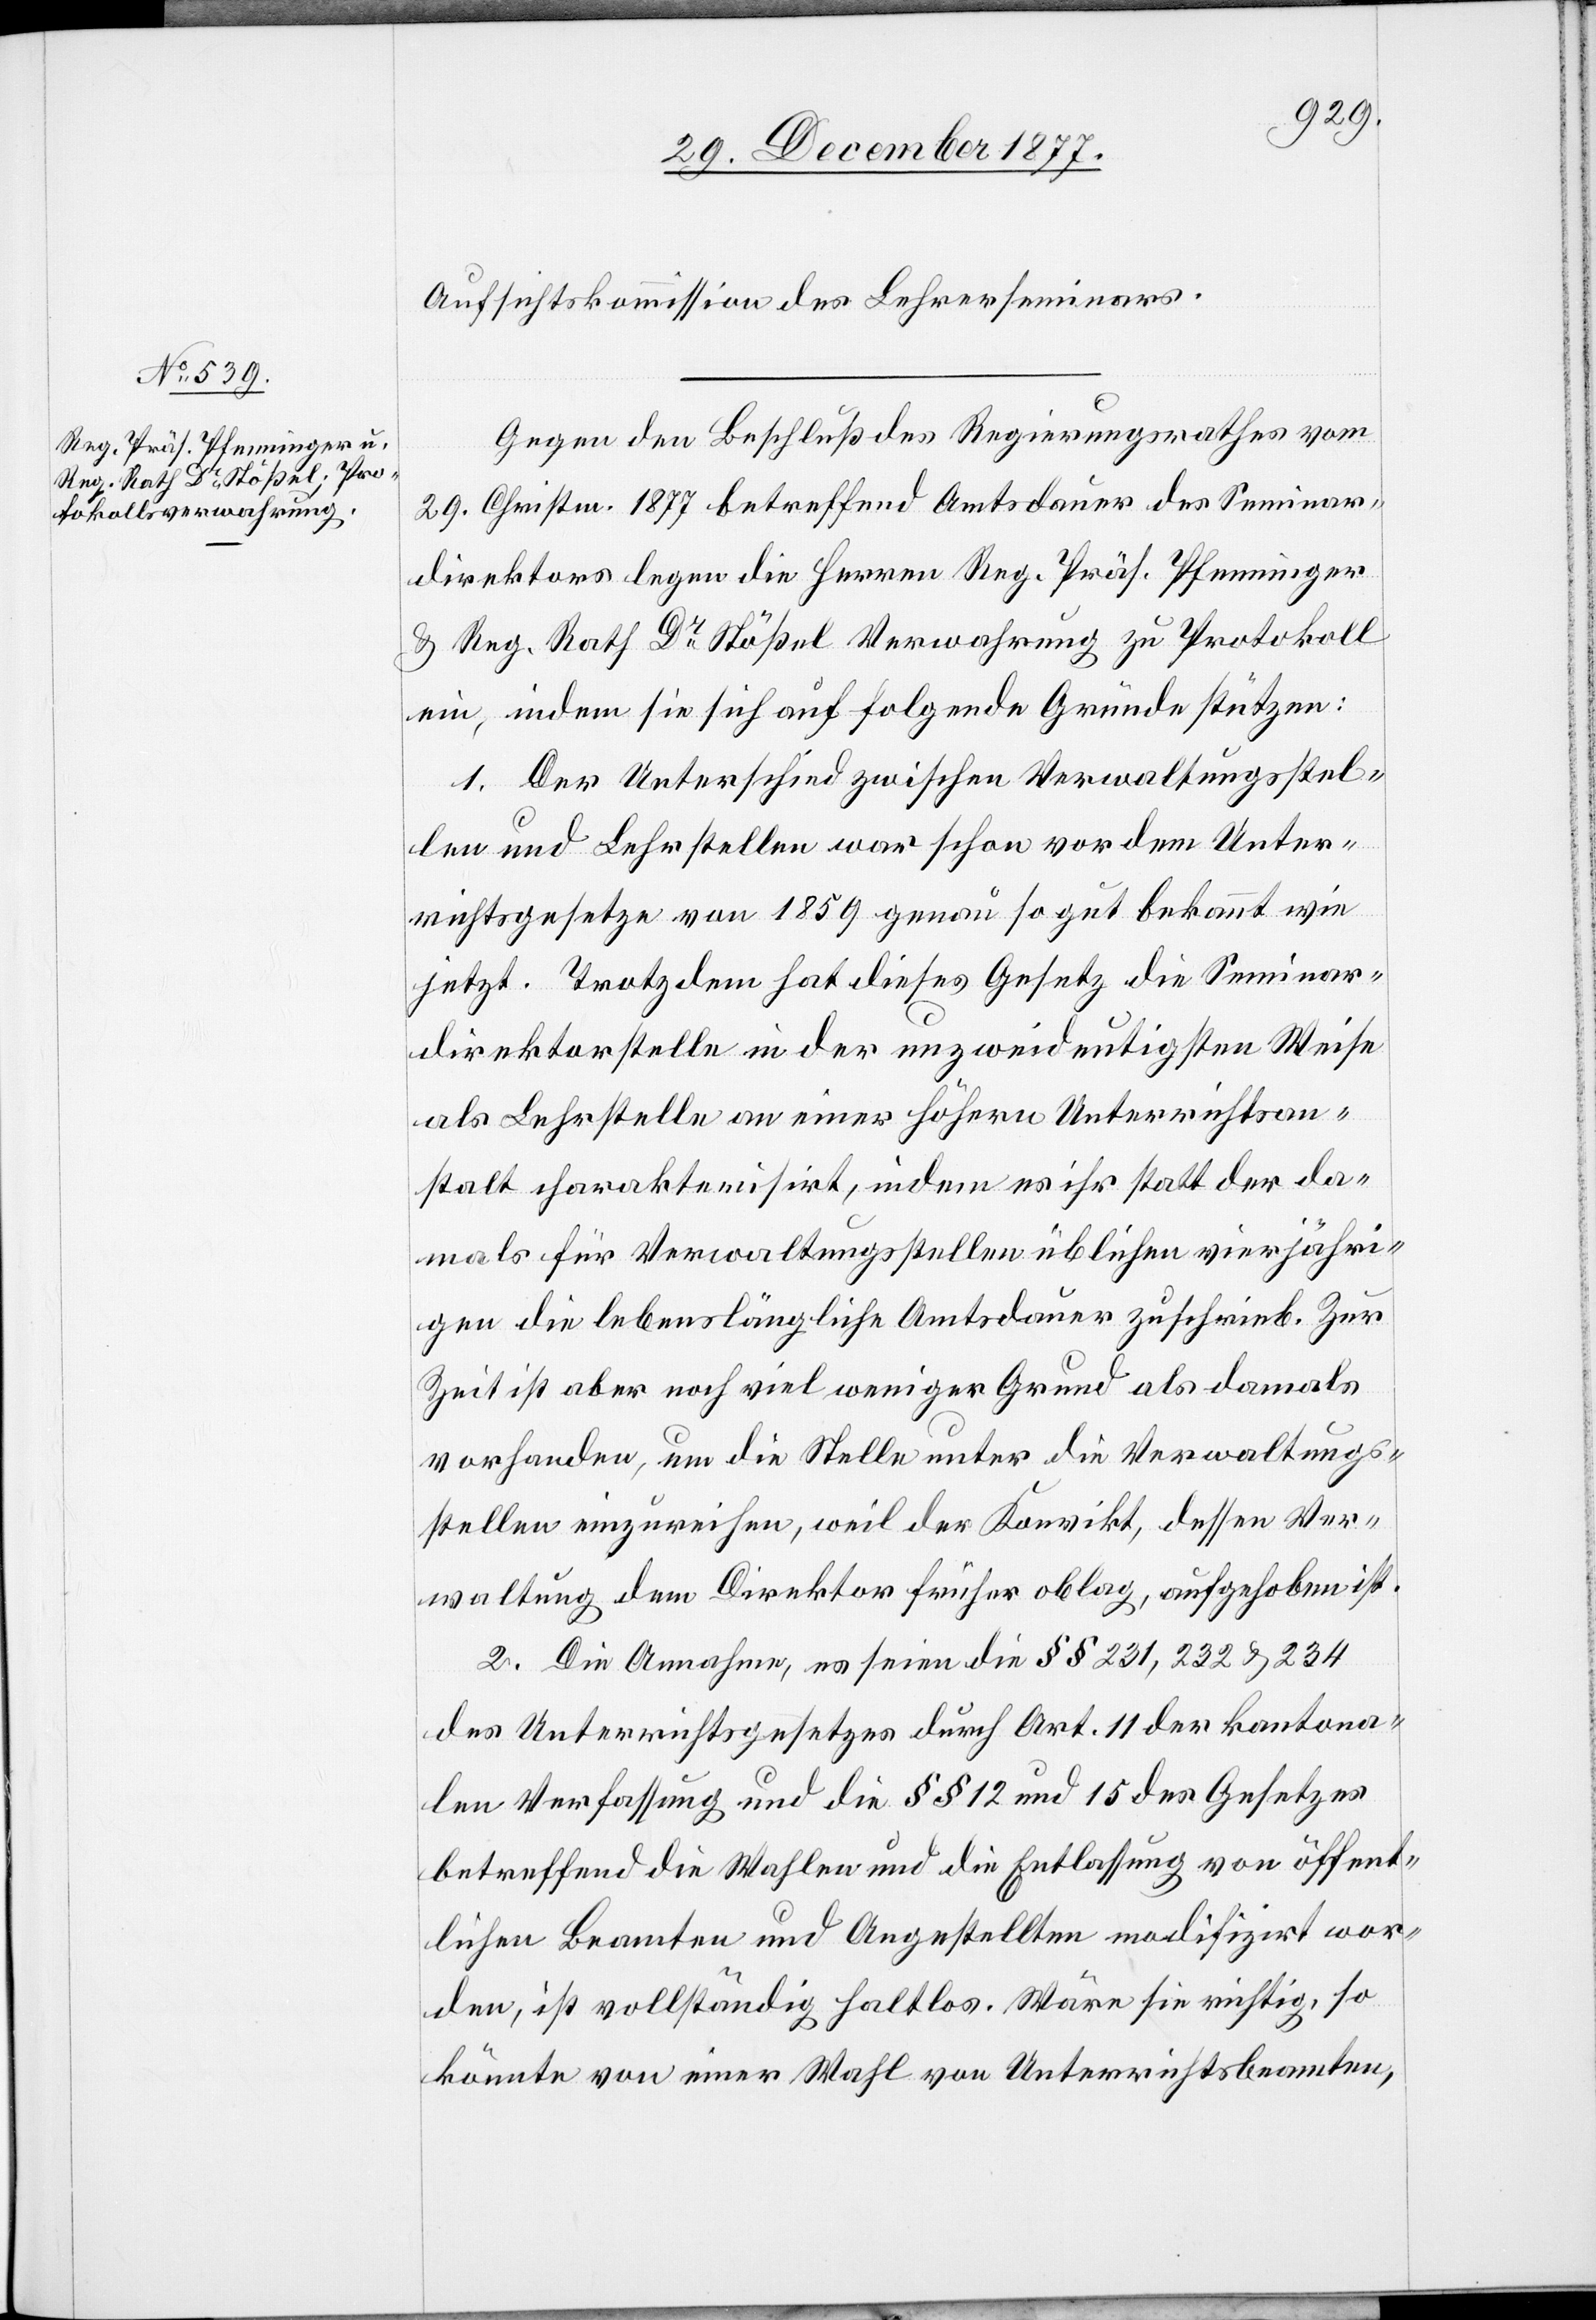
Aufsichtskommission des Lehrerseminars.
Gegen den Beschluß des Regierungsrathes vom
29. Christm. 1877 betreffend Amtsdauer des Seminar¬
direktors legen die Herren Reg. Präs. Pfenninger
& Reg. Rath Dr Stößel Verwahrung zu Protokoll
ein, indem sie sich auf folgende Gründe stützen:
1. Der Unterschied zwischen Verwaltungsstel¬
len und Lehrstellen war schon vor dem Unter¬
richtsgesetze von 1859 genau so gut bekannt wie
jetzt. Trotzdem hat dieses Gesetz die Seminar¬
direktorstelle in der unzweideutigsten Weise
als Lehrstelle an einer höhern Unterrichtsan¬
stalt charakterisirt, indem es ihr statt der da¬
mals für Verwaltungsstellen üblichen vierjähri¬
gen die lebenslängliche Amtsdauer zuschrieb. Zur
Zeit ist aber noch viel weniger Grund als damals
vorhanden, um die Stelle unter die Verwaltungs¬
stellen einzureihen, weil der Konvikt, dessen Ver¬
waltung dem Direktor früher oblag, aufgehoben ist.
2. Die Annahme, es seien die §§ 231, 232 & 234
des Unterrichtsgesetzes durch Art. 11 der kantona¬
len Verfassung und die §§ 12 und 15 des Gesetzes
betreffend die Wahlen und die Entlassung von öffent¬
lichen Beamten und Angestellten modifizirt wor¬
den, ist vollständig haltlos. Wäre sie richtig, so
könnte von einer Wahl von Unterrichtsbeamten,